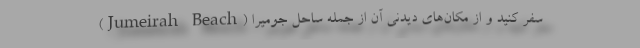
سفر کنید و از مکان‌های دیدنی آن از جمله ساحل جومیرا (Jumeirah Beach)